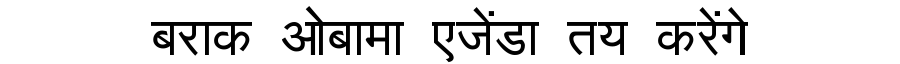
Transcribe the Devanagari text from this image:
बराक ओबामा एजेंडा तय करेंगे